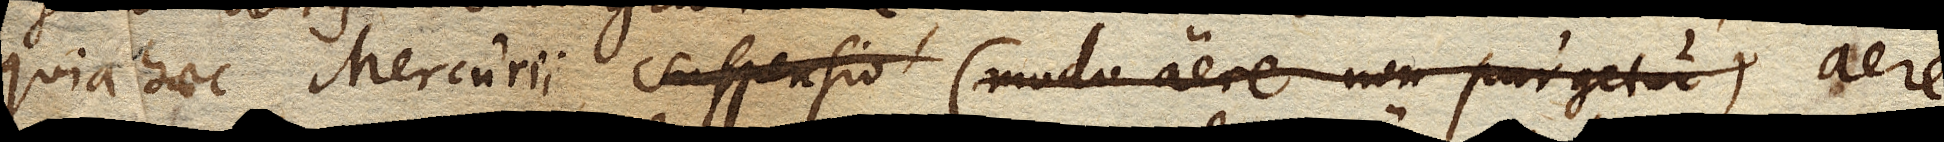
quia haec Mercurii suspensio (modo aere non purgetur) aere